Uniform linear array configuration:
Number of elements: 32
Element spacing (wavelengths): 0.75
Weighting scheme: hann
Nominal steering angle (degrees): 30
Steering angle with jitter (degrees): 29.452
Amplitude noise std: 0.05
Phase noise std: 0.05

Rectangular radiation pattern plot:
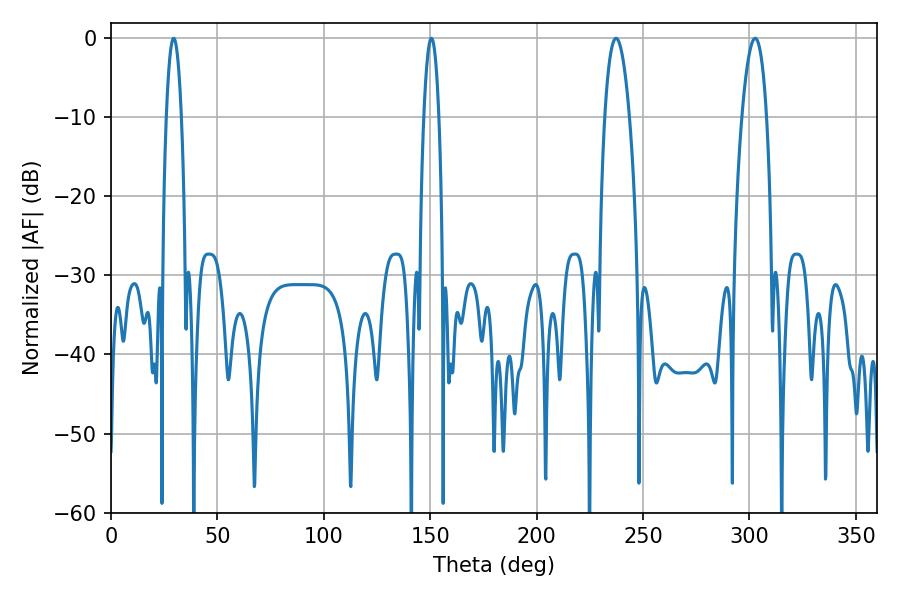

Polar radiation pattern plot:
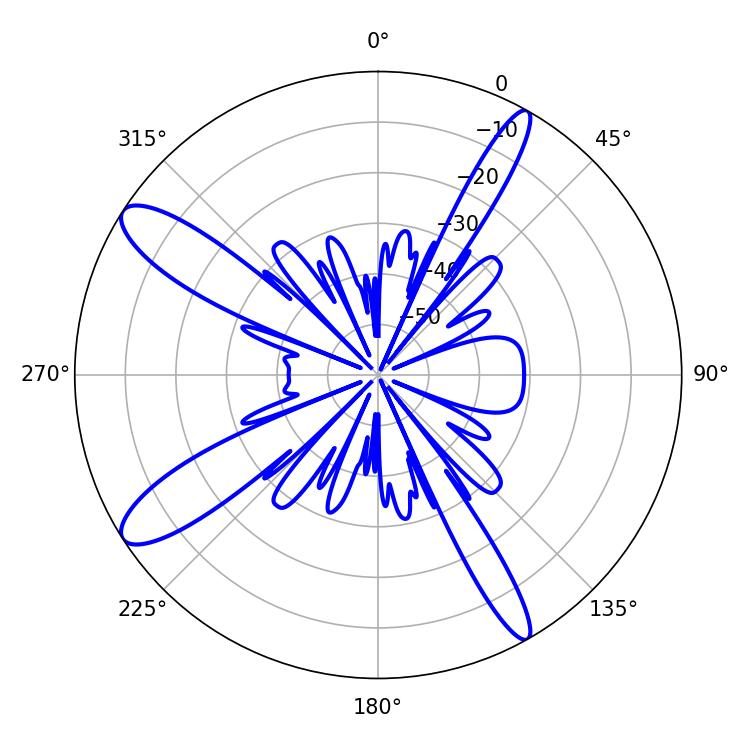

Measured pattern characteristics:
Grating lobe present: TRUE
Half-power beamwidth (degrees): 6.48
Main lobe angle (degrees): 302.76